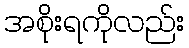
အစိုးရကိုလည်း